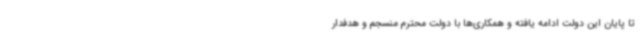
تا پایان این دولت ادامه یافته و همکاری‌ها با دولت محترم منسجم و هدفدار